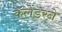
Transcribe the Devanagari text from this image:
कॅलेंडरने